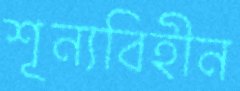
শূন্যবিহীন